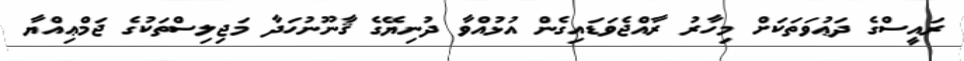
ރައީސްގެ ދަޢުވަތަކަށް މިހާރު ރާއްޖެވަޑައިގެން އުޅުއްވާ ދުނިޔޭގެ ޤާނޫނުހަދާ މަޖިލިސްތަކުގެ ޖަމްޢިއްޔާ